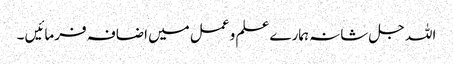
اللہ جل شانہ ہمارے علم و عمل میں اضافہ فرمائیں ۔